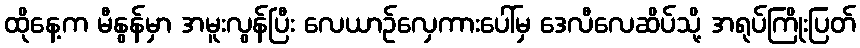
ထိုနေ့က မီနွန်မှာ အမူးလွန်ပြီး လေယာဉ်လှေကားပေါ်မှ ဒေလီလေဆိပ်သို့ အရုပ်ကြိုးပြတ်